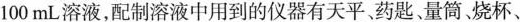
100mL溶液，配制溶液中用到的仪器有天平、药匙、量筒烧杯、